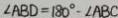
\angle A B D = 1 8 0 ^ { \circ } - \angle A B C